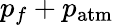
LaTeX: p_{f}+p_{\mathrm{atm}}